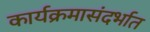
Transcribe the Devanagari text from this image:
कार्यक्रमासंदर्भात